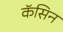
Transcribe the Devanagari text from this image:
कॅसिन